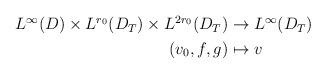
LaTeX: \begin{align*}\begin{aligned}L^\infty(D)\times L^{r_0}(D_T)\times L^{2r_0}(D_T)&\rightarrow L^\infty(D_T)\\(v_0,f,g)&\mapsto v\end{aligned}\end{align*}